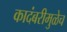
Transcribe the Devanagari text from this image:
कादंबरीमुळेच